Report on vaccination in Madras 1895-1903 - 1895-1903
Year: 1895
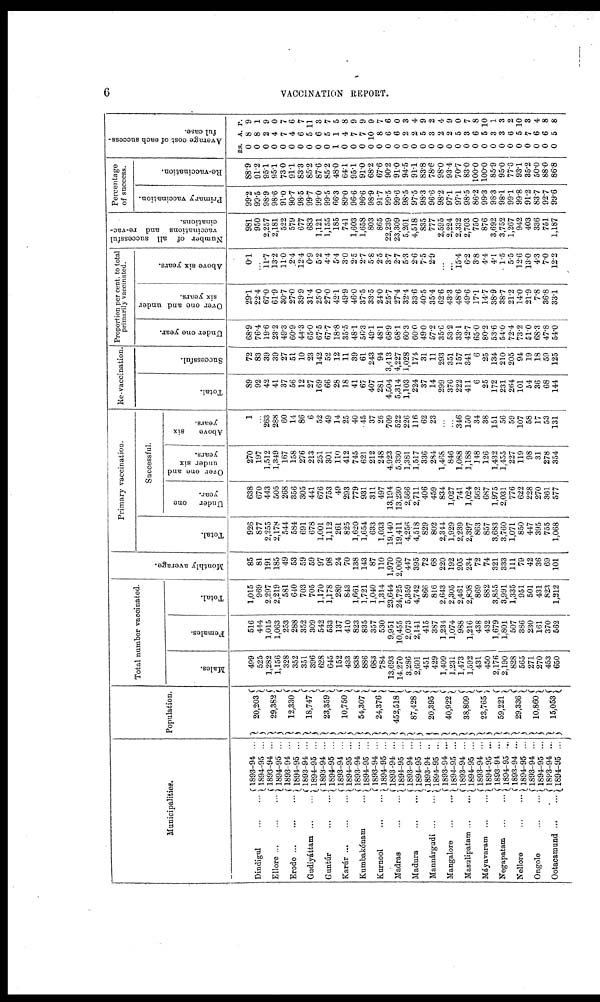
6
VACCINATION REPORT.
Municipalities.
Dindigul
...
...
Ellore
...
...
...
Erode
...
...
...
Gudiyáttam ... ...
Guntúr
...
...
Karúr...
...
...
Kumbakónam ...
Kurnool
...
...
Madras
...
...
Madura
...
...
Mannárgudi ... ...
Mangalore
...
...
Masulipatam ... ...
Máyavaram ... ...
Negapatam
...
...
Nellore
...
...
Ongole
...
...
Ootacamund ... ...
1893-94 ...
1894-95 ...
1893-94 ...
1894-95 ...
1893-94 ...
1894-95 ...
1893-94 ...
1894-95 ...
1893-94 ...
1894-95 ...
1893-94 ...
1894-95 ...
1893-94 ...
1894-95 ...
1893-94 ...
1894-95 ...
1893-94 ...
1894-95 ...
1893-94 ...
1894-95 ...
1893-94 ...
1894-95 ...
1893-94 ...
1894-95 ...
1893-94 ...
1894-95 ...
1893-94 ...
1894-95 ...
1893-94 ...
1894-95 ...
1893-94 ...
1894-95 ...
1893-94 ...
1894-95 ...
1893-94 ...
1894-95 ...
Population.
20,203
29,382
12,330
18,747
23,359
10,750
54,307
24,3761
452,518
87,428
20,395
40,922
38,809
23,765
59,221
29,336
10,860
15,053
Total number vaccinated.
Males.
499
525
1,282
1,156
328
352
351
396
628
645
152
433
838
886
683
784
13,693
14,270
3,286
2,601
451
429
1,409
1,231
1,473
1,592
431
450
2,176
2,190
828
565
271
270
453
650
Females.
516
444
1,015
1,063
253
288
352
309
542
533
137
410
823
835
357
530
9,951
10,455
2,073
2,141
415
387
1,234
1,074
988
1,216
438
432
1,679
1,801
507
386
230
161
370
562
Total.
1,015
969
2,297
2,219
581
640
703
705
1,170
1,178
289
843
1,661
1,721
1,040
1,314
23,644
24,725
5,359
4,742
866
816
2,643
2,305
2,461
2,808
869
882
3,855
3,991
1,335
951
501
431
823
1,212
Monthly average.
85
81
191
185
49
53
59
59
97
98
24
70
138
143
87
110
1,970
2,060
447
395
72
68
220
192
205
234
72
74
321
333
111
79
42
36
69
101
Primary vaccination.
Total.
926
877
2,255
2,178
544
584
691
678
1,001
1,112
261
825
1,620
1,654
633
1,033
19,140
19,411
4,256
4,518
829
802
2,344
1,929
2,239
2,397
863
857
3,683
3,760
1,071
850
447
395
755
1,068
Successful.
Under one
year.
638
670
443
505
268
356
305
441
676
753
49
293
779
931
311
497
13,194
13,230
2,566
2,711
406
459
834
1,027
741
1,024
562
687
1,975
2,031
776
622
228
270
361
577
Over one and
under six
years.
270
197
1,512
1,349
167
158
276
213
251
301
110
412
745
621
212
248
4,923
5,330
1,381
1,517
336
284
1,468
846
1,088
1,188
148
126
1,432
1,455
227
119
98
31
278
354
Above
six
years.
1
...
263
288
60
114
86
6
52
49
14
25
40
45
37
26
709
522
226
116
62
23
...
...
346
150
34
38
151
56
59
107
58
17
53
131
Re-vaccination.
Total.
89
92
42
41
37
56
12
27
169
66
28
18
41
67
407
281
4,504
5,314
1,103
224
37
14
299
376
222
411
6
25
172
231
264
101
54
36
68
144
Successful.
72
83
39
39
27
51
10
23
142
52
12
11
39
61
243
94
3,413
4,227
1,028
174
31
11
293
351
157
341
6
25
134
210
205
94
19
18
59
125
Proportion per cent. to total
primarily vaccinated.
Under one year.
68.9
76.4
19.6
23.2
49.3
60.9
44.3
65.0
67.5
67.7
18.8
35.5
48.1
56.3
49.1
48.1
68.9
68.1
60.3
60.0
49.0
57.2
35.6
53.2
33.1
42.7
65.0
80.2
53.6
54.0
72.4
73.2
51.0
683
47.8
54.0
Over one and under
six years.
29.1
22.4
67.0
61.9
30.7
27.0
39.9
31.4
25.0
27.0
42.1
49.9
46.0
37.5
33.5
24.0
25.7
27.4
32.4
33.6
40.5
35.4
62.6
43.3
48.6
49.6
17.1
14.7
38.9
38.7
21.2
14.0
21.9
7.8
36.8
33.1
Above six years.
0.1
...
11.7
13.2
11.0
2.4
12.4
0.9
5.2
4.4
5.4
3.0
2.5
2.7
5.8
2.5
3.7
2.7
5.3
2.6
7.5
2.9
...
...
15.4
6.2
3.8
4.4
4.1
1.5
5.5
12.6
13.0
4.3
7.0
12.2
Number of all successful
vaccinations and re-vac-
cinations.
981
950
2,257
2,181
522
579
677
683
1,121
1,155
185
741
1,603
1,658
803
865
22,239
23,309
5,201
4,518
835
777
2,595
2,224
2,332
2,703
750
876
3,692
3,752
1,267
942
403
386
751
1,187
Percentage
of success.
Primary vaccination.
99.2
99.5
98.9
98.6
91.0
90.7
98.5
99.7
99.0
99.5
66.3
89.0
96.6
96.6
98.9
91.7
99.5
99.6
98.5
97.5
98.3
96.6
98.2
97.1
97.1
98.5
86.2
99.3
98.3
98.1
99.1
99.8
91.2
83.7
92.7
99.6
Re-vaccination.
88.9
91.2
95.1
95.1
73.0
91.1
83.3
85.2
87.6
85.2
48.0
64.1
95.1
91.0
68.2
67.6
90.2
91.0
94.5
91.1
83.8
78.6
98.0
93.4
70.7
83.0
100.0
100.0
85.9
95.0
77.6
93.1
35.2
50.0
88.0
86.8
Average cost of each success¬
ful case.
RS.
0
0
0
0
0
0
0
0
0
0
1
0
0
0
0
0
0
0
0
0
0
0
0
0
0
0
0
0
0
0
0
0
0
0
0
0
A.
8
8
2
4
7
4
6
5
6
5
1
4
7
7
10
8
6
6
2
2
5
3
2
2
5
3
6
5
3
3
6
5
7
6
6
5
P.
9
1
9
0
7
6
7
11
3
7
5
8
9
9
9
7
6
0
3
4
9
2
4
9
0
7
8
10
1
3
2
10
3
4
8
8